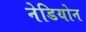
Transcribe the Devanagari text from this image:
नेडियोन